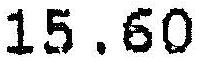
15.60